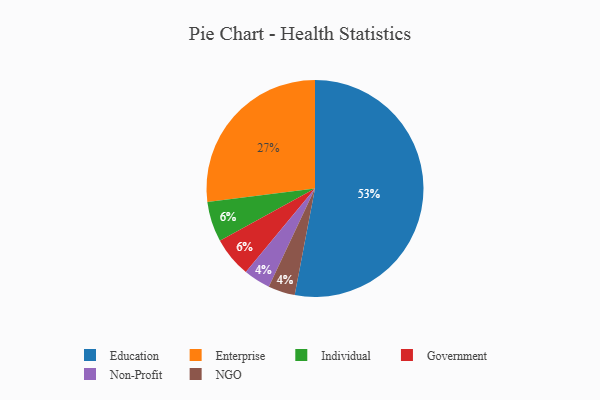
{"axis": {"x": "Category", "y": "Percentage"}, "legend": ["Education", "Enterprise", "Government", "Individual", "NGO", "Non-Profit"], "data": [{"x": "Individual", "y": 6, "type": "Individual"}, {"x": "Education", "y": 53, "type": "Education"}, {"x": "Enterprise", "y": 27, "type": "Enterprise"}, {"x": "Non-Profit", "y": 4, "type": "Non-Profit"}, {"x": "NGO", "y": 4, "type": "NGO"}, {"x": "Government", "y": 6, "type": "Government"}]}